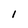
Character: 1